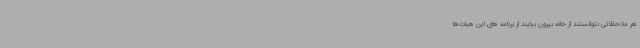
هر ملاحظاتی نتوانستند از خانه بیرون بیایند از برنامه های این هیات‌ها